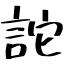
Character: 詑